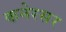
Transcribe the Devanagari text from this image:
कनेरसर